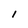
Character: I